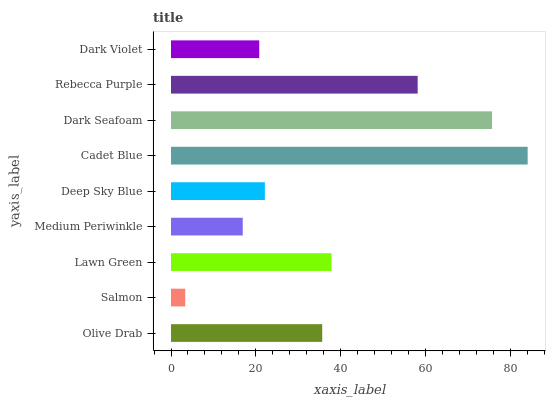
| yaxis_label | bars |
 | --- | --- |
 | Olive Drab | 35.6 |
 | Salmon | 3.35 |
 | Lawn Green | 37.8 |
 | Medium Periwinkle | 16.9 |
 | Deep Sky Blue | 22.1 |
 | Cadet Blue | 84 |
 | Dark Seafoam | 75.6 |
 | Rebecca Purple | 58.1 |
 | Dark Violet | 20.8 |